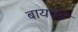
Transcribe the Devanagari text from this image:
बायस्ड